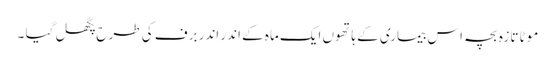
موٹا تازہ بچہ اس بیماری کے ہاتھوں ایک ماہ کے اندر اندر برف کی طرح پگھل گیا ۔